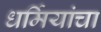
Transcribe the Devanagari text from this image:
धर्मियांचा